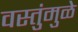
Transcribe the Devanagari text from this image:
वस्तुंमुळे